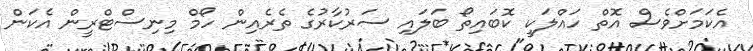
އެކަމަށްވެސް އޮތް ހައްލަކީ ކޮބައިތޯ ބަލައި ސަރުކާރުގެ ތެރެއިން ހޯމް މިނިސްޓްރީން އެކަން